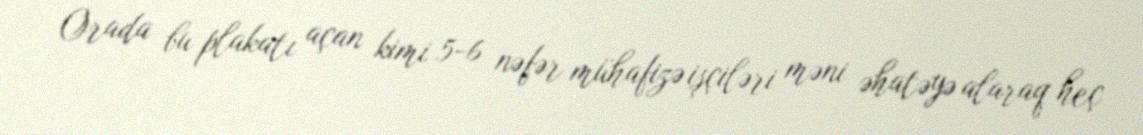
Orada bu plakatı açan kimi 5-6 nəfər mühafizə işçiləri məni əhatəyə alaraq heç